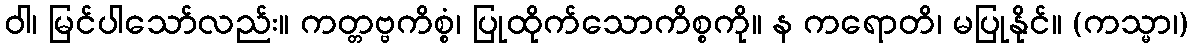
ဝါ၊ မြင်ပါသော်လည်း။ ကတ္တဗ္ဗကိစ္စံ၊ ပြုထိုက်သောကိစ္စကို။ န ကရောတိ၊ မပြုနိုင်။ (ကသ္မာ၊)